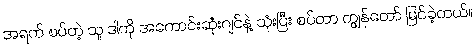
အရက် စပ်တဲ့ သူ ဒါကို အကောင်းဆုံးဂျင်နဲ့ သုံးပြီး စပ်တာ ကျွန်တော် မြင်ခဲ့တယ်။